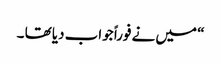
“ میں نے فوراً جواب دیا تھا ۔